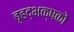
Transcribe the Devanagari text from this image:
बृहद्भक्षकों